Indian journal of veterinary science and animal husbandry - Volumes 24-25, 1954-1955
Year: 1954
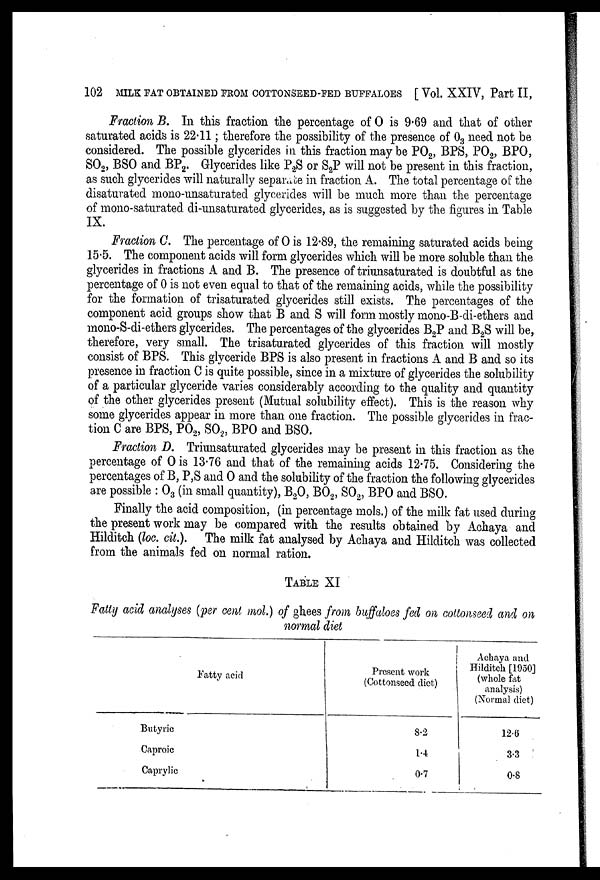
102 MILK FAT OBTAINED FROM COTTONSEED-FED BUFFALOES [Vol. XXIV, Part II,
Fraction B. In this fraction the percentage of 0 is 9.69 and that of other
saturated acids is 22.11; therefore the possibility of the presence of O 3 need not be
considered. The possible glycerides in this fraction may be PO 2 , BPS, PO 2 , BPO,
SO 2 , BSO and BP 2 . Glycerides like P 2 S or S 2 P will not be present in this fraction,
as such glycerides will naturally separate in fraction A. The total percentage of the
disaturated mono-unsaturated glycerides will be much more than the percentage
of mono-saturated di-unsaturated glycerides, as is suggested by the figures in Table
IX.
Fraction C. The percentage of 0 is 12.89, the remaining saturated acids being
15.5. The component acids will form glycerides which will be more soluble than the
glycerides in fractions A and B. The presence of triunsaturated is doubtful as the
percentage of 0 is not even equal to that of the remaining acids, while the possibility
for the formation of trisaturated glycerides still exists. The percentages of the
component acid groups show that B and S will form mostly mono-B-di-ethers and
mono-S-di-ethers glycerides. The percentages of the glycerides B 2 P and B 2 S will be,
therefore, very small. The trisaturated glycerides of this fraction will mostly
consist of BPS. This glyceride BPS is also present in fractions A and B and so its
presence in fraction C is quite possible, since in a mixture of glycerides the solubility
of a particular glyceride varies considerably according to the quality and quantity
of the other glycerides present (Mutual solubility effect). This is the reason why
some glycerides appear in more than one fraction. The possible glycerides in frac-
tion C are BPS, PO 2 , SO 2 , BPO and BSO.
Fraction D. Triunsaturated glycerides may be present in this fraction as the
percentage of O is 13.76 and that of the remaining acids 12.75. Considering the
percentages of B, P,S and O and the solubility of the fraction the following glycerides
are possible: O 3 (in small quantity), B 2 O, BO 2 , SO 2 , BPO and BSO.
Finally the acid composition, (in percentage mols.) of the milk fat used during
the present work may be compared with the results obtained by Achaya and
Hilditch (loc. cit.). The milk fat analysed by Achaya and Hilditch was collected
from the animals fed on normal ration.
TABLE XI
Fatty acid analyses (per cent mol.) of ghees from buffaloes fed on cottonseed and on
normal diet
Fatty acid
Butyric
Caproic
Caprylic
Present work
(Cottonseed diet)
8.2
1.4
0.7
Achaya and
Hilditch [1950]
(whole fat
analysis)
(Normal diet)
12.6
3.3
0.8